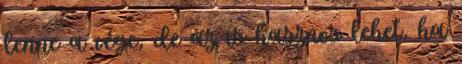
lenne a vége, de az is hasznos lehet, ha